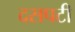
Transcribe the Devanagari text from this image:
दसपटी